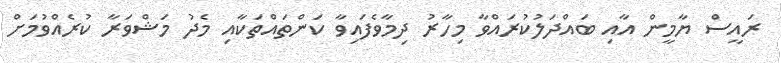
ރައީސް ޔާމީން އާއި ބައްދަލުކުރައްވާ މިހާރު ދިމާވެފައިވާ ކަންތައްތަކާއި މެދު މަޝްވަރާ ކުރެއްވުމަށް